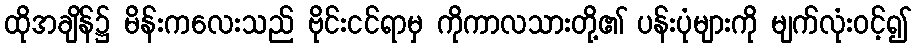
ထိုအချိန်၌ မိန်းကလေးသည် ဗိုင်းငင်ရာမှ ကိုကာလသားတို့၏ ပန်းပုံများကို မျက်လုံးဝင့်၍